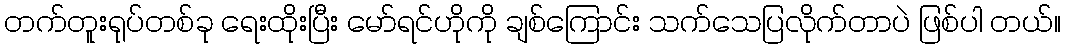
တက်တူးရုပ်တစ်ခု ရေးထိုးပြီး မော်ရင်ဟိုကို ချစ်ကြောင်း သက်သေပြလိုက်တာပဲ ဖြစ်ပါ တယ်။